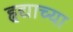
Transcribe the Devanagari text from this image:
हृद्याच्या